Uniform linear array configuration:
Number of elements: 12
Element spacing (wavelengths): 0.75
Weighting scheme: blackman
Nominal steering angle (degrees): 0
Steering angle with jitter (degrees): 1.326
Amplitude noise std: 0.05
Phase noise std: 0.05

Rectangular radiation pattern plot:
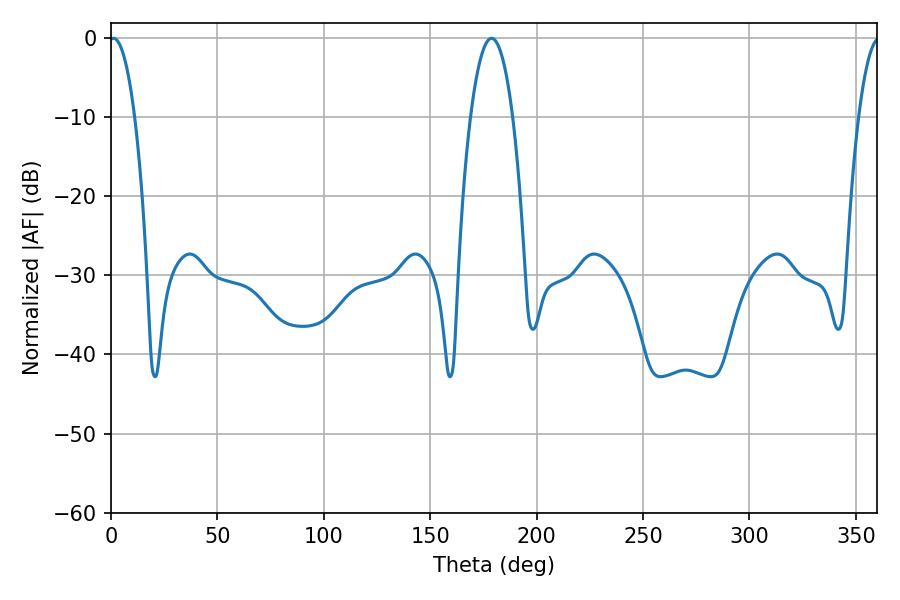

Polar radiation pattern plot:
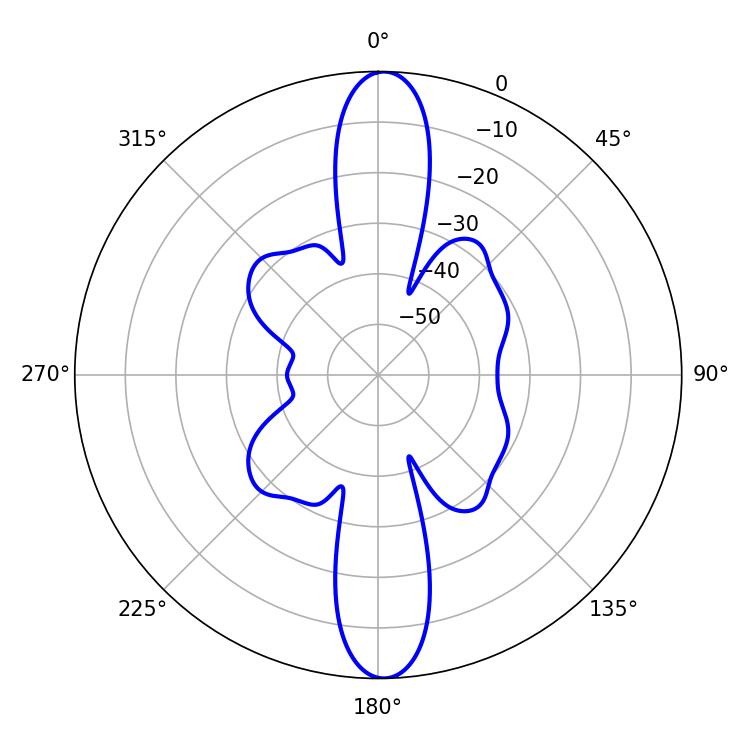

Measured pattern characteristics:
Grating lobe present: TRUE
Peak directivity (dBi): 23.706
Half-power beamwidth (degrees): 6.66
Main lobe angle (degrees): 1.26